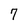
Character: 7